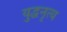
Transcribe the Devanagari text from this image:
युद्धनृत्य